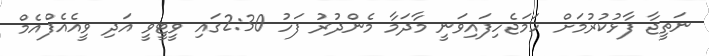
ނަތީޖާ ފާޅުކުރުމަށް ހަމަޖެހިފައިވަނީ މާދަމާ މެންދުރު ފަހު 2:30ގައި ވީޓީވީ އަދި ވީއެއެފްއެމް